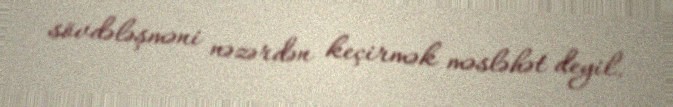
sövdələşməni nəzərdən keçirmək məsləhət deyil.